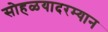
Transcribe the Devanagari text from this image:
सोहळयादरम्यान